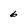
Character: 6